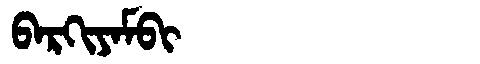
Manchu: ᠪᠠᡵᡴᡳᠶᠠᠮᠪᡳ
Romanization: BARKIYAMBI